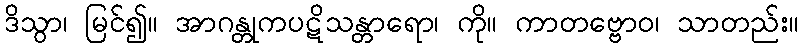
ဒိသွာ၊ မြင်၍။ အာဂန္တုကပဋိသန္တာရော၊ ကို။ ကာတဗ္ဗောဝ၊ သာတည်း။